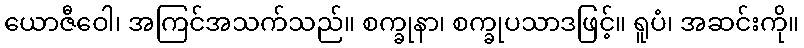
ယောဇီဝေါ၊ အကြင်အသက်သည်။ စက္ခုနာ၊ စက္ခုပသာဒဖြင့်။ ရူပံ၊ အဆင်းကို။